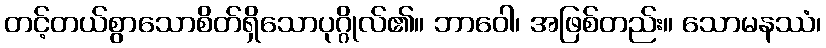
တင့်တယ်စွာသောစိတ်ရှိသောပုဂ္ဂိုလ်၏။ ဘာဝေါ၊ အဖြစ်တည်း။ သောမနဿံ၊